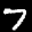
Label: 7